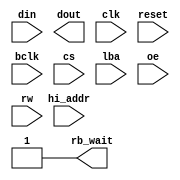
module dbuf_ddr3_reader (
		  input wire [15:0] din,
		  output wire [15:0] dout,
		  input wire clk,
		  input wire reset,

		  input wire bclk,
		  input wire [1:0] cs,
		  input wire [18:16] hi_addr,
		  input wire lba,
		  input wire oe,
		  input wire rw,
		  output wire rb_wait,

		  
		  );

   reg 		      bus_write;
   reg 		      rw_del;
   reg 		      lba_del;
   reg [18:0] 	      bus_addr;
   reg [15:0] 	      bus_data;

   reg [15:0] 	      din_r;
   reg 		      rw_r;
   reg 		      cs1_r;
   reg [18:0] 	      addr_r;
   reg 		      lba_r;

   always @(posedge bclk) begin
      addr_r <= {hi_addr, din};
      cs1_r <= cs[1];
      rw_r <= rw;
      din_r <= din;
      lba_r <= lba;
   end

   always @(posedge bclk) begin
      if( !lba ) begin // latch address on LBA low
	 bus_addr <= {hi_addr, din};
      end else begin
	 bus_addr <= bus_addr;
      end
   end

   assign rb_wait = 1'b1; // wait is active low, no wait state for now
   
endmodule